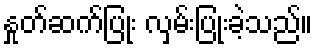
နှုတ်ဆက်ပြုံး လှမ်းပြုံးခဲ့သည်။